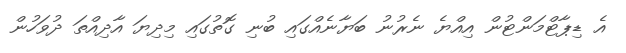
އެ ޑިޕާޓްމަންޓުން އިއްޔެ ނެރުނު ބަޔާނެއްގައި ބުނި ގޮތުގައި މިދިޔަ އާދިއްތަ ދުވަހުން